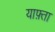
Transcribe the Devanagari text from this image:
याफ़्ता